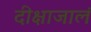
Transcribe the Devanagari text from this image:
दीक्षाजालं